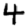
Digit: 4